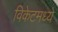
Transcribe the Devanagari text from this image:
विकेटमध्ये